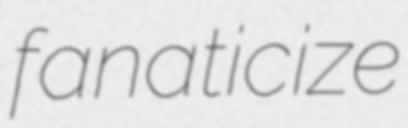
fanaticize